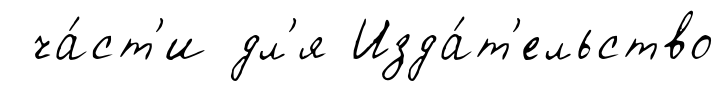
ча́ст'и дл'я Изда́т'ельство